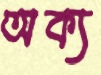
অক্য